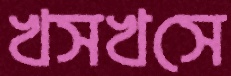
খসখসে